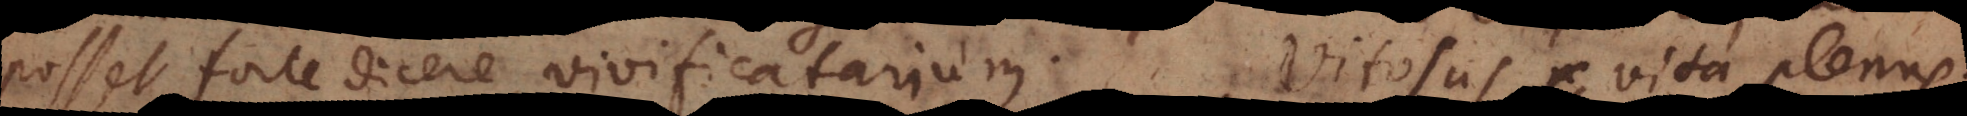
posset forte dicere vivificatarium. Vitosus, vita plenus.